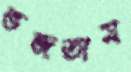
ভজতাম